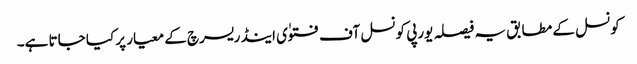
کونسل کے مطابق یہ فیصلہ یورپی کونسل آف فتوٰی اینڈ ریسرچ کے معیار پر کیا جاتا ہے۔